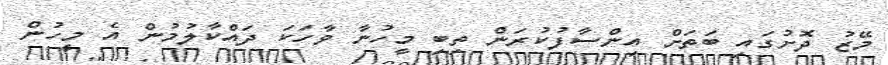
މޭޒު ދޮށުގައި ބަތަށް އިންސާފުކުރަން ތިބި މީހުނާ ވާހަކަ ދައްކާލުމުން އެ މީހުން